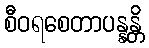
စီဝရစေတာပန္နန္တိ